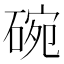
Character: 碗